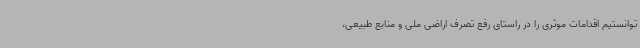
توانستیم اقدامات موثری را در راستای رفع تصرف اراضی ملی و منابع طبیعی،